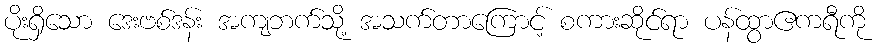
ပိုးရှိသော ဒေးဗစ်ဒန်း အကျဘက်သို့ အသက်တာကြောင့် စကားဆိုင်ရာ ပန်ထွာဧကရီကို